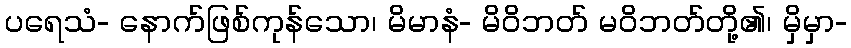
ပရေသံ- နောက်ဖြစ်ကုန်သော၊ မိမာနံ- မိဝိဘတ် မဝိဘတ်တို့၏၊ မှိမှာ-